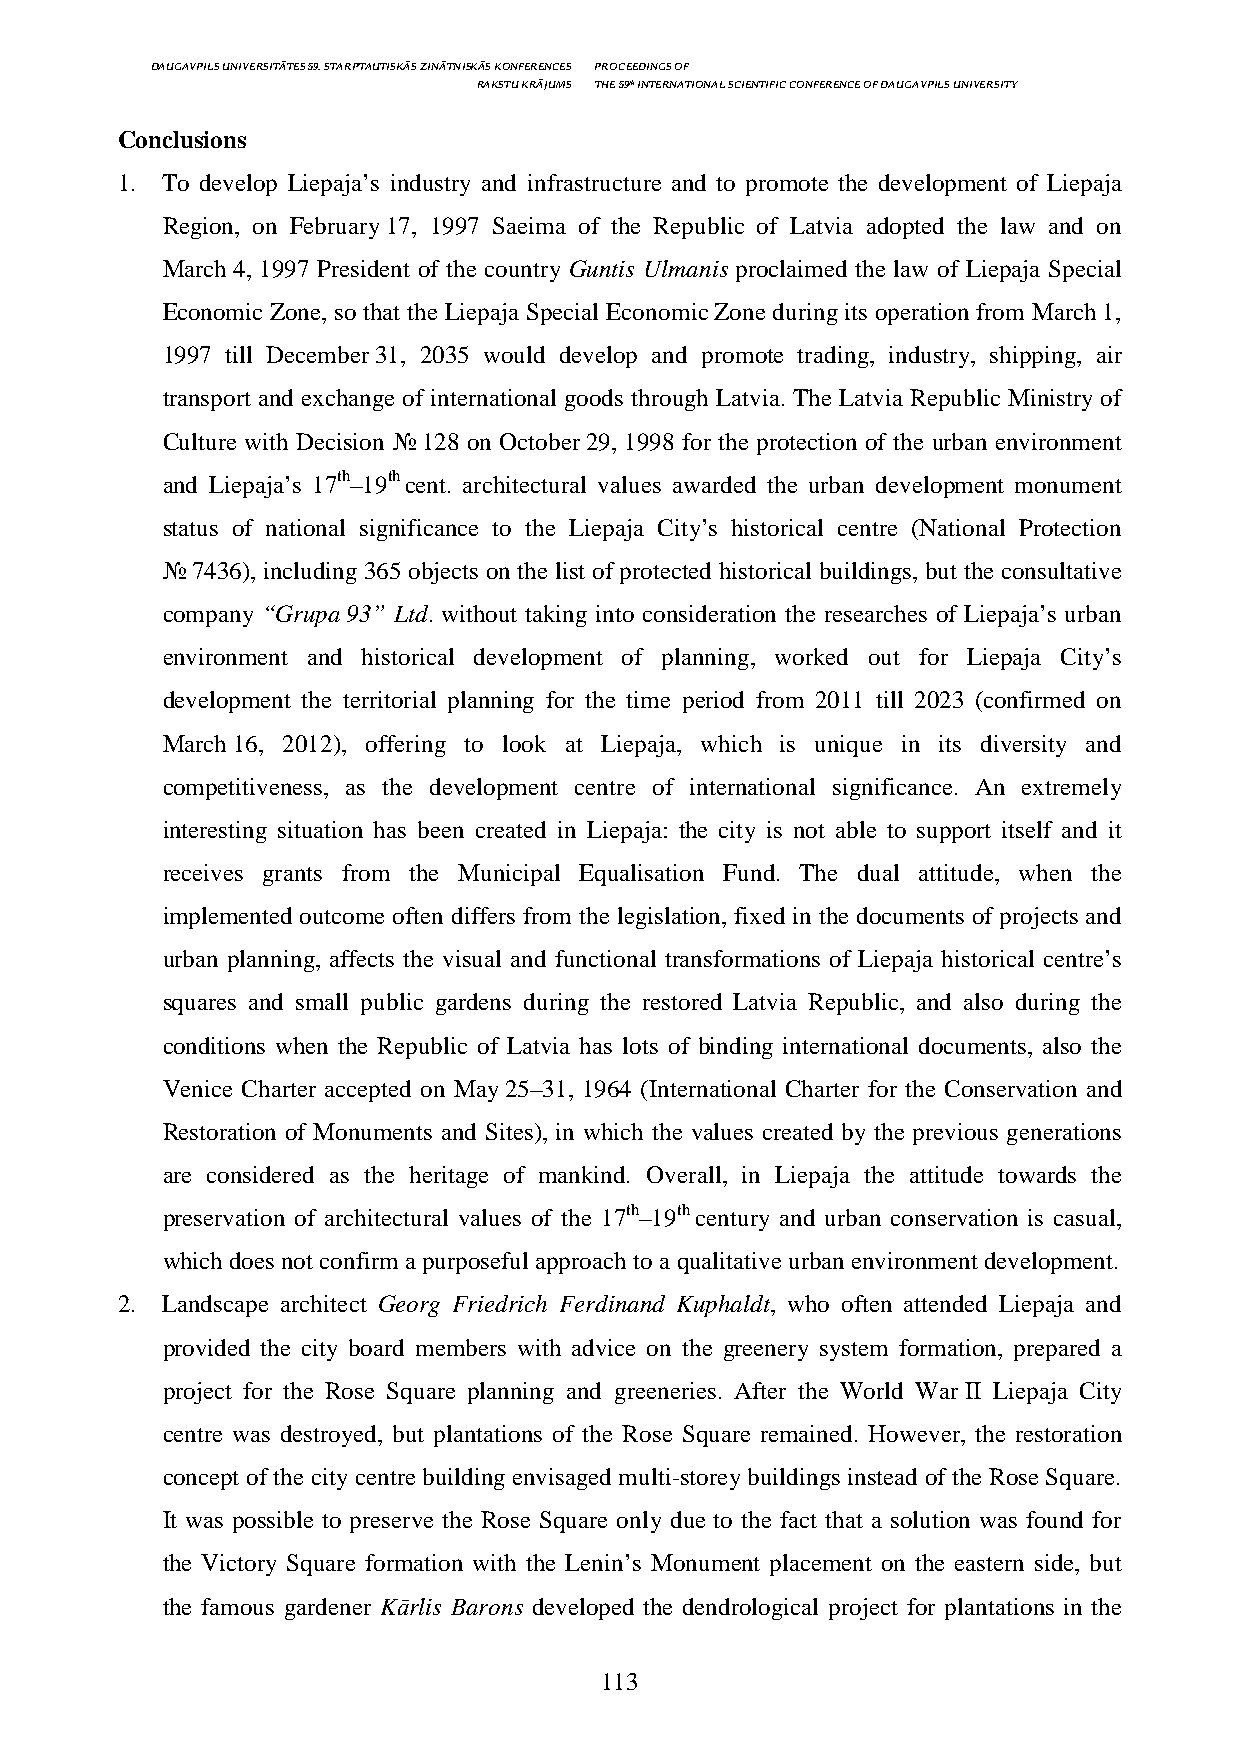
DAUGAVPILS UNIVERSITĀTES 59. STARPTAUTISKĀS ZINĀTNISKĀS KONFERENCES PROCEEDINGS OF
 RAKSTU KRĀJUMS THE 59th INTERNATIONAL SCIENTIFIC CONFERENCE OF DAUGAVPILS UNIVERSITY
 Conclusions
 1. To develop Liepaja’s industry and infrastructure and to promote the development of Liepaja
 Region, on February 17, 1997 Saeima of the Republic of Latvia adopted the law and on
 March 4, 1997 President of the country Guntis Ulmanis proclaimed the law of Liepaja Special
 Economic Zone, so that the Liepaja Special Economic Zone during its operation from March 1,
 1997 till December 31, 2035 would develop and promote trading, industry, shipping, air
 transport and exchange of international goods through Latvia. The Latvia Republic Ministry of
 Culture with Decision № 128 on October 29, 1998 for the protection of the urban environment
 and Liepaja’s 17th–19th cent. architectural values awarded the urban development monument
 status of national significance to the Liepaja City’s historical centre (National Protection
 № 7436), including 365 objects on the list of protected historical buildings, but the consultative
 company “Grupa 93” Ltd. without taking into consideration the researches of Liepaja’s urban
 environment and historical development of planning, worked out for Liepaja City’s
 development the territorial planning for the time period from 2011 till 2023 (confirmed on
 March 16, 2012), offering to look at Liepaja, which is unique in its diversity and
 competitiveness, as the development centre of international significance. An extremely
 interesting situation has been created in Liepaja: the city is not able to support itself and it
 receives grants from the Municipal Equalisation Fund. The dual attitude, when the
 implemented outcome often differs from the legislation, fixed in the documents of projects and
 urban planning, affects the visual and functional transformations of Liepaja historical centre’s
 squares and small public gardens during the restored Latvia Republic, and also during the
 conditions when the Republic of Latvia has lots of binding international documents, also the
 Venice Charter accepted on May 25–31, 1964 (International Charter for the Conservation and
 Restoration of Monuments and Sites), in which the values created by the previous generations
 are considered as the heritage of mankind. Overall, in Liepaja the attitude towards the
 preservation of architectural values of the 17th–19th century and urban conservation is casual,
 which does not confirm a purposeful approach to a qualitative urban environment development.
 2. Landscape architect Georg Friedrich Ferdinand Kuphaldt, who often attended Liepaja and
 provided the city board members with advice on the greenery system formation, prepared a
 project for the Rose Square planning and greeneries. After the World War II Liepaja City
 centre was destroyed, but plantations of the Rose Square remained. However, the restoration
 concept of the city centre building envisaged multi-storey buildings instead of the Rose Square.
 It was possible to preserve the Rose Square only due to the fact that a solution was found for
 the Victory Square formation with the Lenin’s Monument placement on the eastern side, but
 the famous gardener Kārlis Barons developed the dendrological project for plantations in the
 113